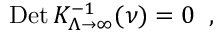
\mathrm { D e t } \, K _ { \Lambda \to \infty } ^ { - 1 } ( \nu ) = 0 \; \; ,